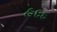
હદદ